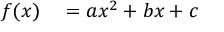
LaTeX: \begin{array} { r l } { f ( x ) } & { { } = a x ^ { 2 } + b x + c } \end{array}